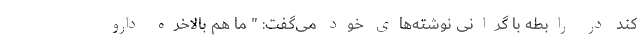
کند در رابطه با گرانی نوشته‌های خود می‌گفت: " ما هم بالاخره دارو